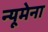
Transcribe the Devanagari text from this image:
न्यूमेना